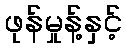
ဖုန်မှုန့်နှင့်